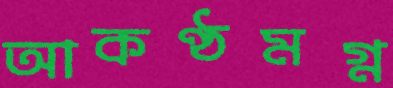
আকণ্ঠমগ্ন